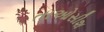
તાઓસીશ